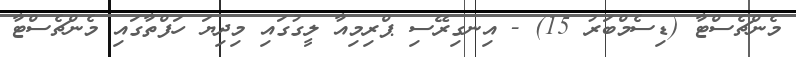
މެންޗެސްޓާ (ޑިސެމްބަރު 15) - އިނގިރޭސި ޕްރިމިއާ ލީގުގައި މިދިޔަ ހަފްތާގައި މެންޗެސްޓާ